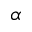
\boldsymbol { \alpha }